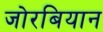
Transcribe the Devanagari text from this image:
जोरबियान